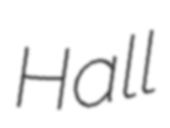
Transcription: Hall